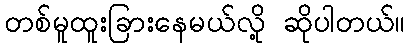
တစ်မူထူးခြားနေမယ်လို့ ဆိုပါတယ်။